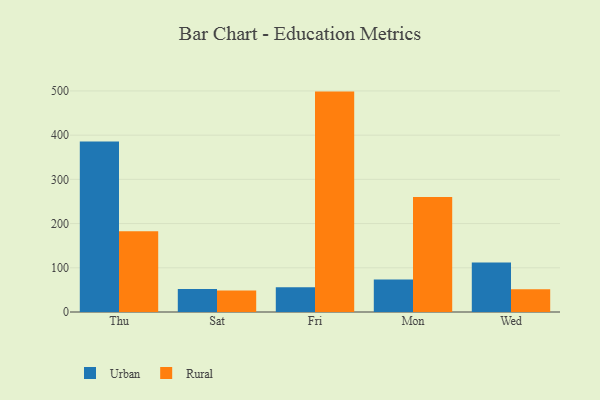
{"axis": {"x": "Day", "y": "Revenue (USD Million)"}, "legend": ["Rural", "Urban"], "data": [{"x": "Thu", "y": 385.5, "type": "Urban"}, {"x": "Thu", "y": 182.7, "type": "Rural"}, {"x": "Sat", "y": 52.1, "type": "Urban"}, {"x": "Sat", "y": 48.5, "type": "Rural"}, {"x": "Fri", "y": 55.8, "type": "Urban"}, {"x": "Fri", "y": 498.5, "type": "Rural"}, {"x": "Mon", "y": 73.6, "type": "Urban"}, {"x": "Mon", "y": 259.9, "type": "Rural"}, {"x": "Wed", "y": 111.8, "type": "Urban"}, {"x": "Wed", "y": 51.2, "type": "Rural"}]}